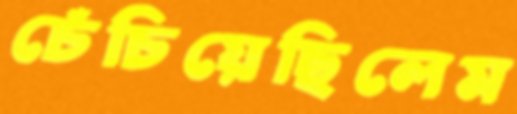
চেঁচিয়েছিলেম